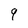
Character: 9